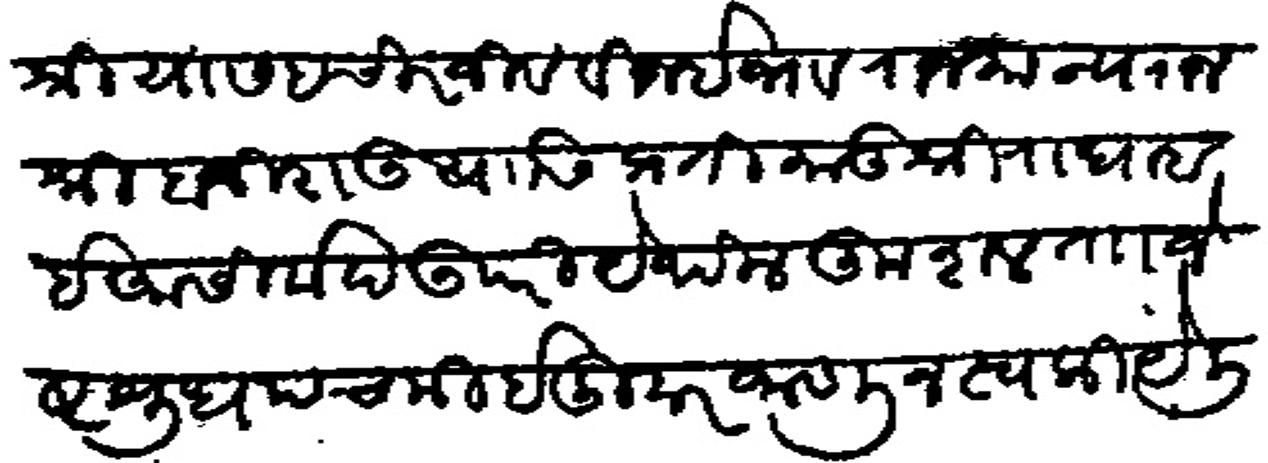
Transliteration (Devanagari): श्रीया सह चिरंजीव विजीभव राजमान्य राजश्री बाजीराऊ यांसी प्रती मातुश्री राधाबाई आसीर्वाद उपरी येथील कुशल ताा ज्येष्ठ शुध्द पंचमी इंदुवार जाणोन स्वकीये लेहीत